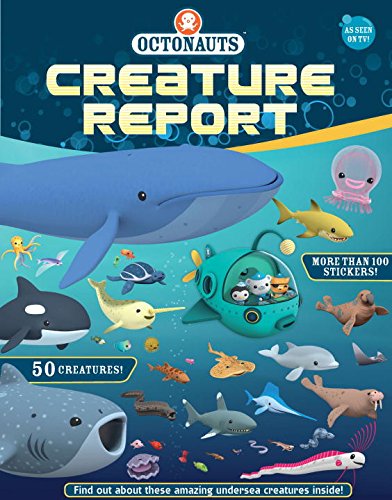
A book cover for Octonauts Creature Report; Grosset & Dunlap; Children's Books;